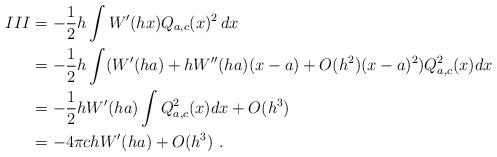
LaTeX: \begin{align*}III &= -\frac12 h\int W'(hx) Q_{a, c}(x)^2 \, dx\\& = - \frac{1}{2} h \int (W'(ha) + h W'' (ha) (x-a) + O(h^2)(x-a)^2 ) Q_{a, c}^2 (x) dx \\& = - \frac{1}{2} h W'(ha) \int Q_{a, c}^2 (x) dx + O (h^3) \\& = - 4 \pi ch W'(ha)+ O (h^3) \ . \end{align*}